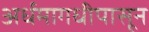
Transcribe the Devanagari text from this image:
अर्धमागधीपासून